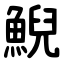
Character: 鯢